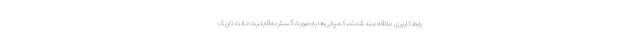
رابط کاربری علاقه مند شدند، کمپانی‌ها به صورت گسترده قابلیت حالت تاریک